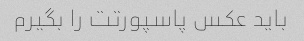
باید عکس پاسپورتت را بگیرم